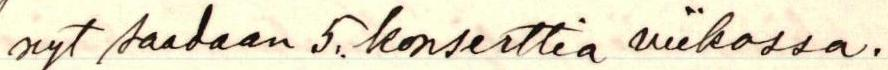
nyt saadaan 5.. konserttia viikossa.